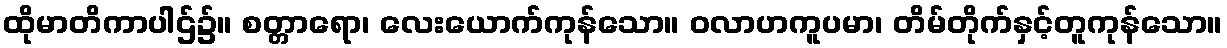
ထိုမာတိကာပါဌ်၌။ စတ္တာရော၊ လေးယောက်ကုန်သော။ ဝလာဟကူပမာ၊ တိမ်တိုက်နှင့်တူကုန်သော။